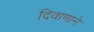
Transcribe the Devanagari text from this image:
दिवाणाने